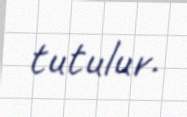
tutulur.